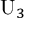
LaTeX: \mathrm { { U } } _ { 3 }